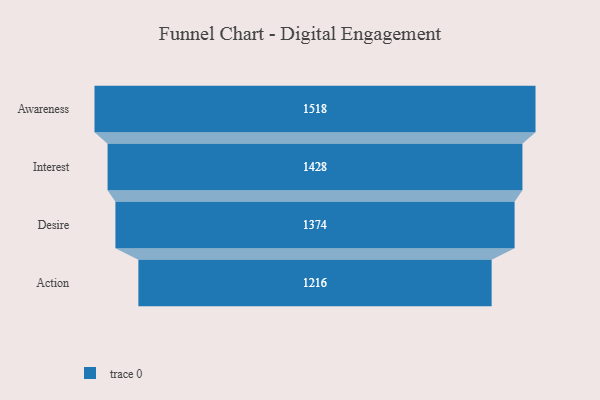
{"axis": {"x": "Stage", "y": "Value"}, "legend": [""], "data": [{"x": "Awareness", "y": 1518.0, "type": ""}, {"x": "Interest", "y": 1428.0, "type": ""}, {"x": "Desire", "y": 1374.0, "type": ""}, {"x": "Action", "y": 1216.0, "type": ""}]}